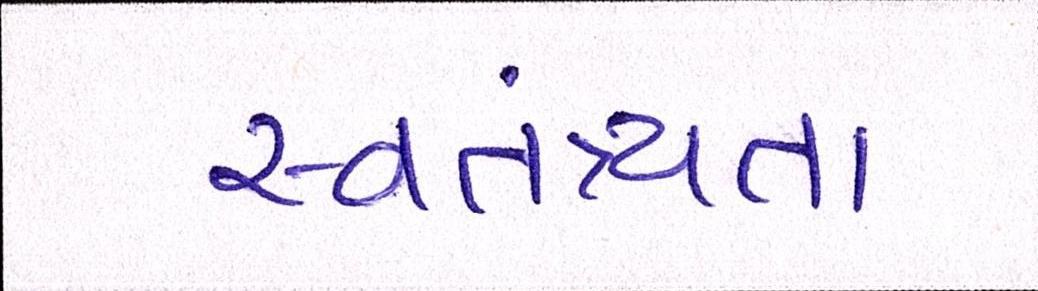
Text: સ્વતંત્ર્યતા